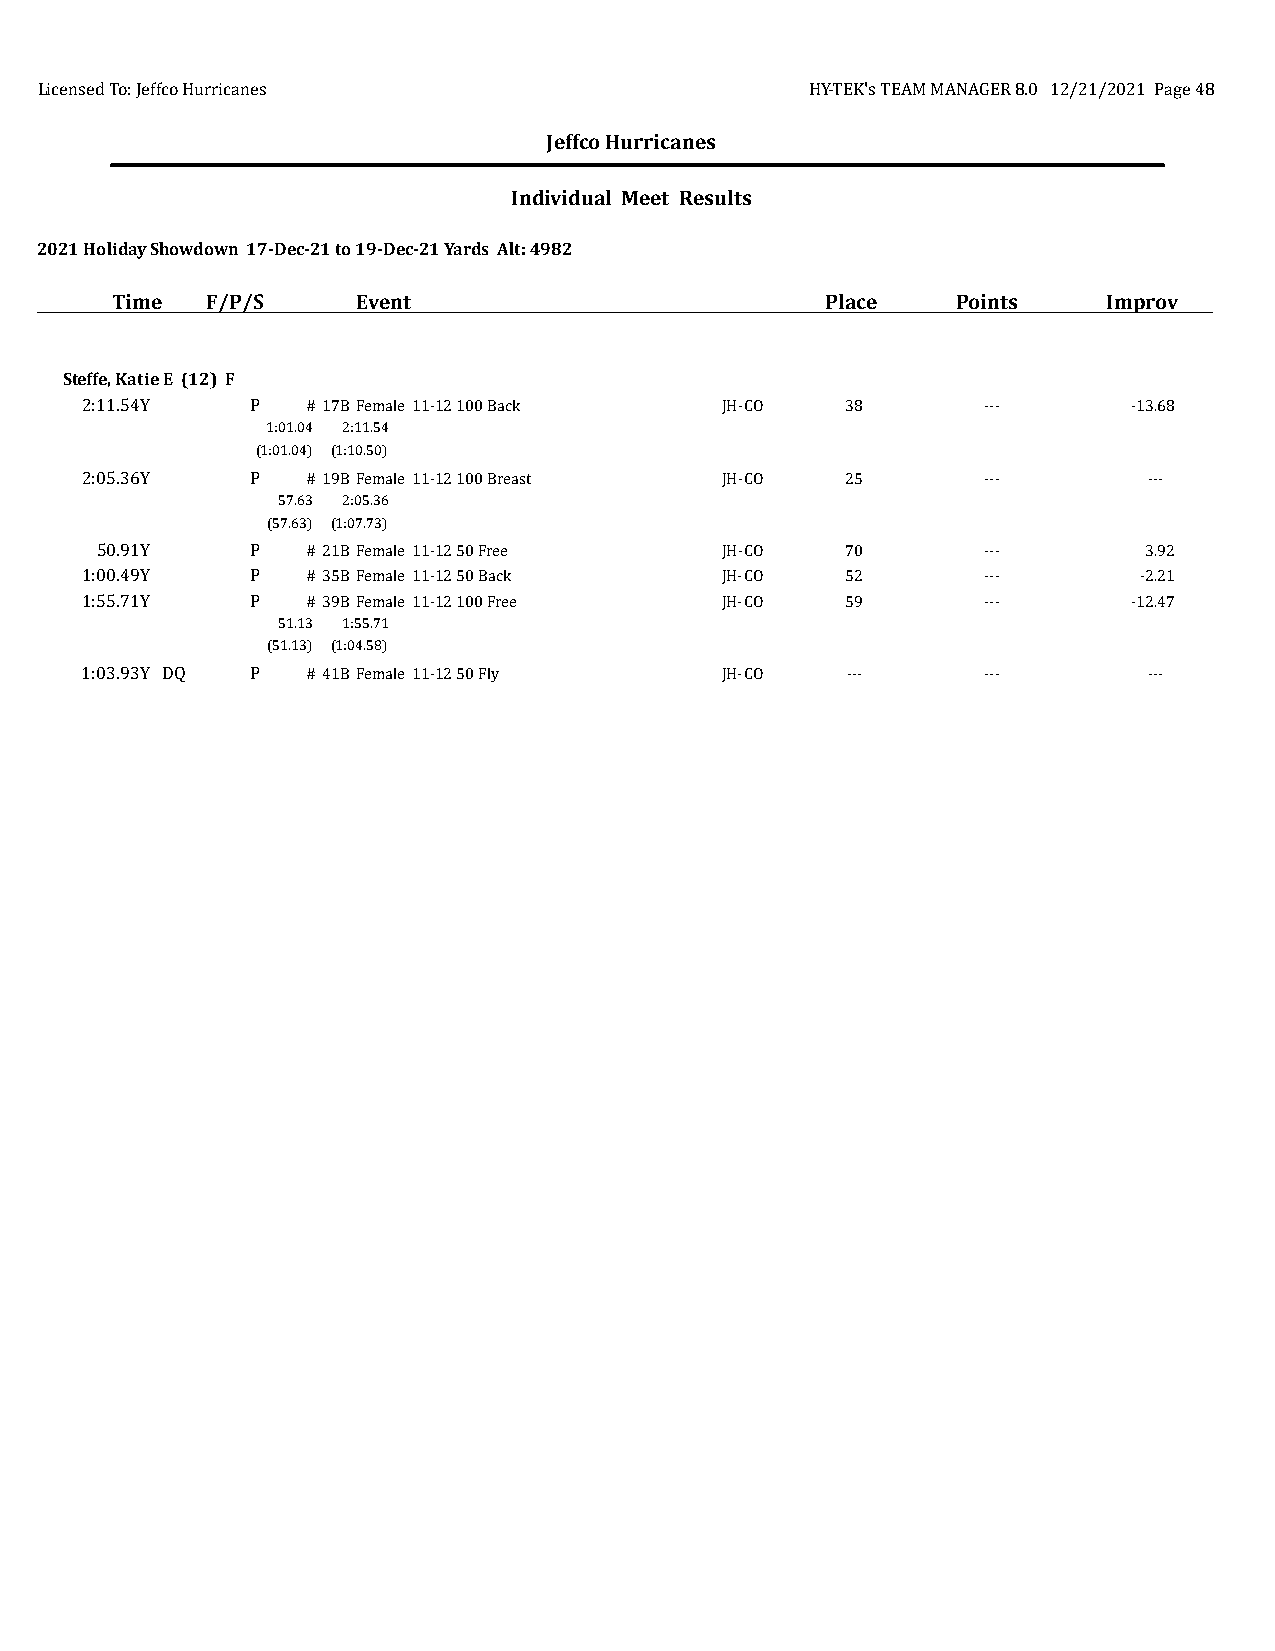
Licensed To: Jeffco Hurricanes                      HY-TEK's TEAM MANAGER 8.0 12/21/2021 Page 48
 Jeffco Hurricanes
 Individual Meet Results
 2021 Holiday Showdown 17-Dec-21 to 19-Dec-21 Yards Alt: 4982
 Time   F/P/S     Event                          Place   Points    Improv
 Steffe, Katie E (12) F
 2:11.54Y    P  # 17BFemale 11-12 100 Back  JH-CO   38       ---       -13.68
 1:01.04 2:11.54
 (1:01.04) (1:10.50)
 2:05.36Y    P  # 19BFemale 11-12 100 Breast JH-CO  25       ---        ---
 57.63 2:05.36
 (57.63) (1:07.73)
 50.91Y     P  # 21BFemale 11-12 50 Free   JH-CO   70       ---        3.92
 1:00.49Y    P  # 35BFemale 11-12 50 Back   JH-CO   52       ---       -2.21
 1:55.71Y    P  # 39BFemale 11-12 100 Free  JH-CO   59       ---       -12.47
 51.13 1:55.71
 (51.13) (1:04.58)
 1:03.93Y DQ P  # 41BFemale 11-12 50 Fly    JH-CO   ---      ---        ---